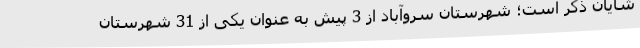
شایان ذکر است؛ شهرستان سروآباد از 3 پیش به عنوان یکی از 31 شهرستان